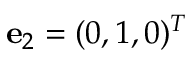
{ \bf e } _ { 2 } = ( 0 , 1 , 0 ) ^ { T }